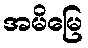
အမိမြေ